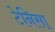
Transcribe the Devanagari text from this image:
टेनिसा